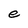
Character: e